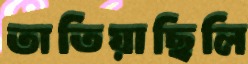
তাতিয়াছিলি